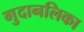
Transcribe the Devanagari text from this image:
गुदानलिका